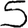
Digit: 5